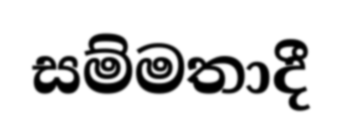
සම්මතාදී